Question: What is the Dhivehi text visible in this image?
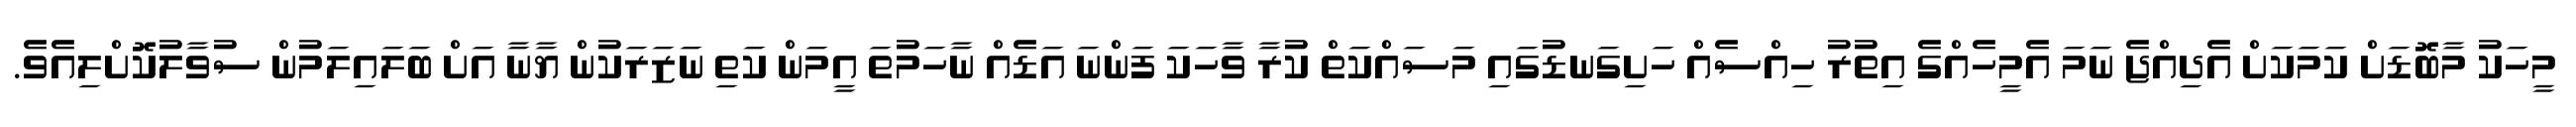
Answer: މީހަކު މާބޮޑަށް ކަމަކަށް އެދިއްޖެ ނަމަ އެމީހެއްގެ އިތުރު ހިއްސެއް ހަށިގަނޑުގައި މަސައްކަތް ކުރާ ވާހަކަ ފަންނަ އަޑެއް ނާހަމުތަ އީމަން ކަތި ނަޒަރަކުން ޔާނާ އަށް ބަލައިލަމުން ސުވާލުކޮށްލިއެވެ.